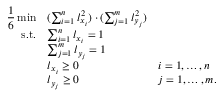
\begin{array} { r l l } { \displaystyle \frac 1 6 \operatorname* { m i n } } & { ( \sum _ { i = 1 } ^ { n } l _ { x _ { i } } ^ { 2 } ) \cdot ( \sum _ { j = 1 } ^ { m } l _ { y _ { j } } ^ { 2 } ) } \\ { \mathrm { s . t . } } & { \sum _ { i = 1 } ^ { n } l _ { x _ { i } } = 1 } \\ & { \sum _ { j = 1 } ^ { m } l _ { y _ { j } } = 1 } \\ & { l _ { x _ { i } } \geq 0 } & { i = 1 , \ldots , n } \\ & { l _ { y _ { j } } \geq 0 } & { j = 1 , \ldots , m . } \end{array}